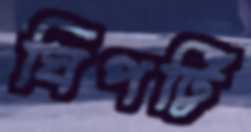
ঘিপট্টি